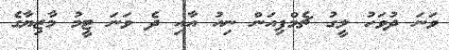
ވަނަ ދުވަހު ލީގު ޗެމްޕިއަން ނިއު އާއި ދެ ވަނަ ޓީމު މާޒިޔާގެ